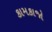
કામકાજો